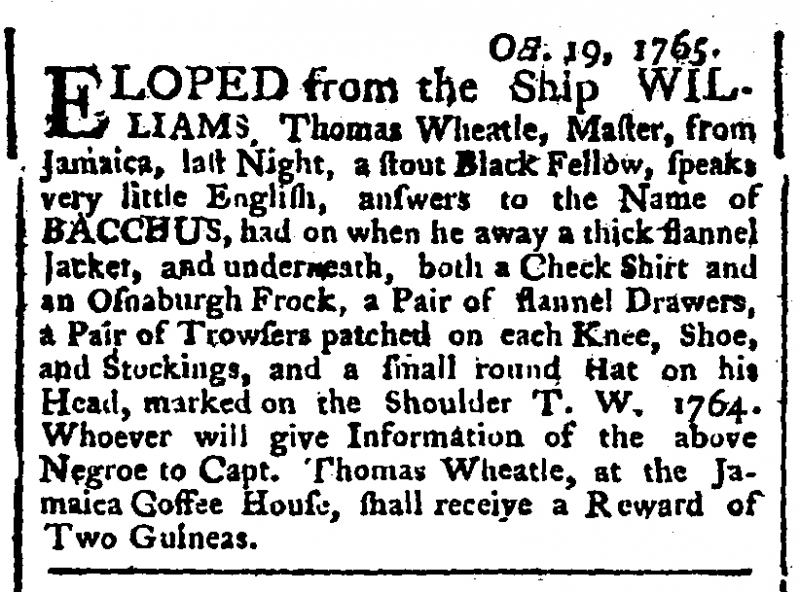
Public Ledger, Or, Daily Register of Commerce and Intelligence, 21 October 1765 (England)
                         Oct. 19, 1765.ELOPED from the Ship WILLIAMS, Thomas Wheatle, Master, from Jamaica, last Night, a stout Black Fellow, speaks very little English, answers to the Name of BACCHUS, had on when he away a thick flannel Jacket, and underneath, both a Check Shirt and an Osnaburgh Frock, a Pair of flannel Drawers, a Pair of Trowsers patched on each Knee, Shoe, and Stockings, and a small round Hat on his Head, marked on the Shoulder T.W. 1764. Whoever will give Information of the above Negroe to Capt. Thomas Wheatle, at the Jamaica Coffee House, shall receive a Reward of Two Guineas.